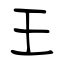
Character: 王